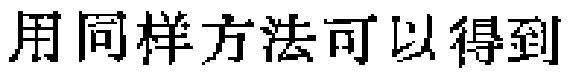
用同样方法可以得到